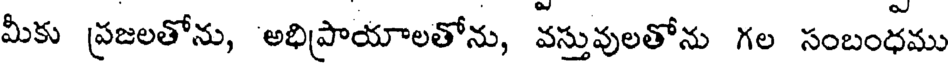
మీకు ప్రజలతోను, అభిప్రాయాలతోను, వస్తువులతోను గల సంబంధము